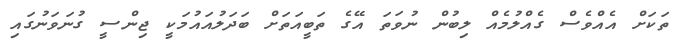
ތަކަށް އެއްވެސް ގެއްލުމެއް ލިބުން ނުވަތަ އޭގެ ތަބީއަތަށް ބަދަލުއައުމަކީ ޖިންސީ ގުނަވަނުގައި